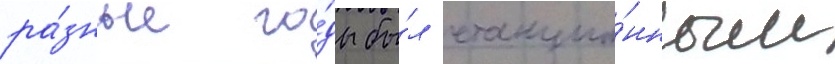
ра́зные го́ды бы́л станцио́нным